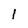
Character: 1